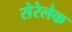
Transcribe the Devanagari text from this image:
सेरेलेक